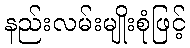
နည်းလမ်းမျိုးစုံဖြင့်